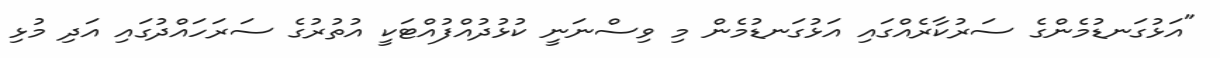
"އަޅުގަނޑުމެންގެ ސަރުކާރެއްގައި އަޅުގަނޑުމެން މި ވިސްނަނީ ކުޅުދުއްފުއްޓަކީ އުތުރުގެ ސަރަހައްދުގައި އަދި މުޅި